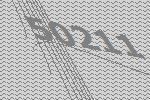
50211